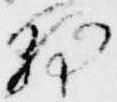
朝